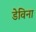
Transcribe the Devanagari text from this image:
डेविना